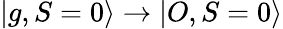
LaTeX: |g,S=0\rangle\rightarrow|O,S=0\rangle